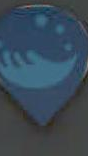
ت